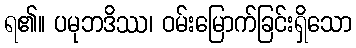
ရ၏။ ပမုဘဒိဿ၊ ဝမ်းမြောက်ခြင်းရှိသော